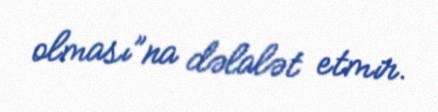
olması”na dəlalət etmir.